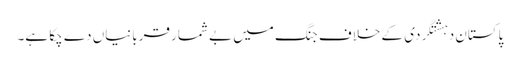
پاکستان دہشتگردی کے خلاف جنگ میں بے شمار قربانیاں دے چکا ہے۔